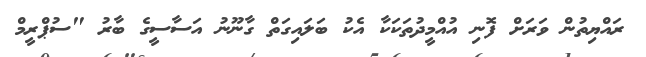
ރައްޔިތުން ވަރަށް ފޮނި އުއްމީދުތަކަކާ އެކު ބަލައިގަތް ގާނޫނު އަސާސީގެ ބާރު "ސުޕްރީމް